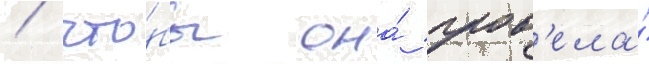
/ что́бы она́ пров'ела́